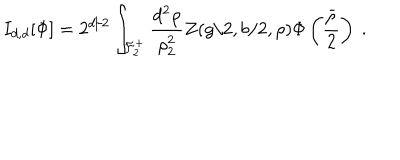
LaTeX: I _ { d , d } [ \Phi ] = 2 ^ { d / 2 } \int _ { { \cal F } _ { 2 } ^ { + } } \frac { d ^ { 2 } \rho } { \rho _ { 2 } ^ { 2 } } Z ( g / 2 , b / 2 , \rho ) \Phi \left( \frac { \bar { \rho } } { 2 } \right) \ .